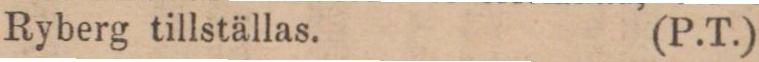
Ryberg tillställas. (P.T.)